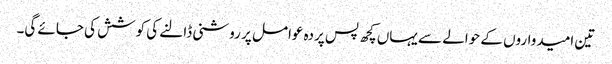
تین امیدواروں کے حوالے سے یہاں کچھ پس پردہ عوامل پر روشنی ڈالنے کی کوشش کی جائے گی۔